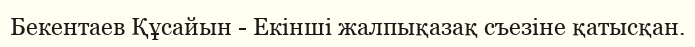
Бекентаев Құсайын - Екінші жалпықазақ съезіне қатысқан.